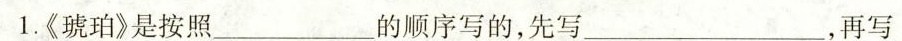
1.《琥珀》是按照___的顺序写的，先写___，再写